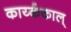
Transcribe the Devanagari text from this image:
कार्य्ककाल्